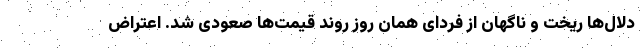
دلال‌ها ریخت و ناگهان از فردای همان روز روند قیمت‌ها صعودی شد. اعتراض